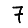
Digit: 7